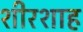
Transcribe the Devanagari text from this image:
शीरशाह